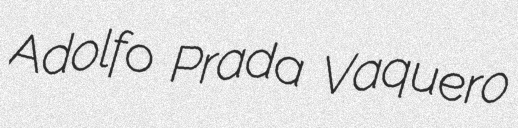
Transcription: Adolfo Prada Vaquero